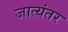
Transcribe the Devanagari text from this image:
जात्यंतर